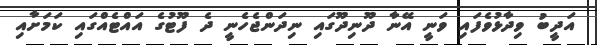
އަދީބު ވިދާޅުވެފައި ވަނީ އޭނާ ދޫނިދޫގައި ނިދަންޖެހެނީ ދެ ފޫޓުގެ އައްޓެއްގައި ކަމަށާއި